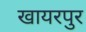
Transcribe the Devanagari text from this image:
खायरपुर